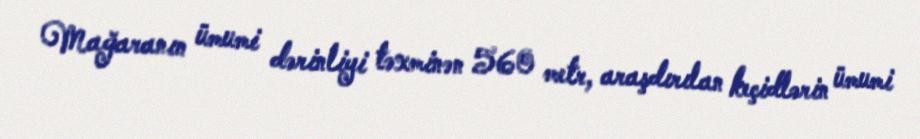
Mağaranın ümumi dərinliyi təxminən 560 metr, araşdırılan keçidlərin ümumi